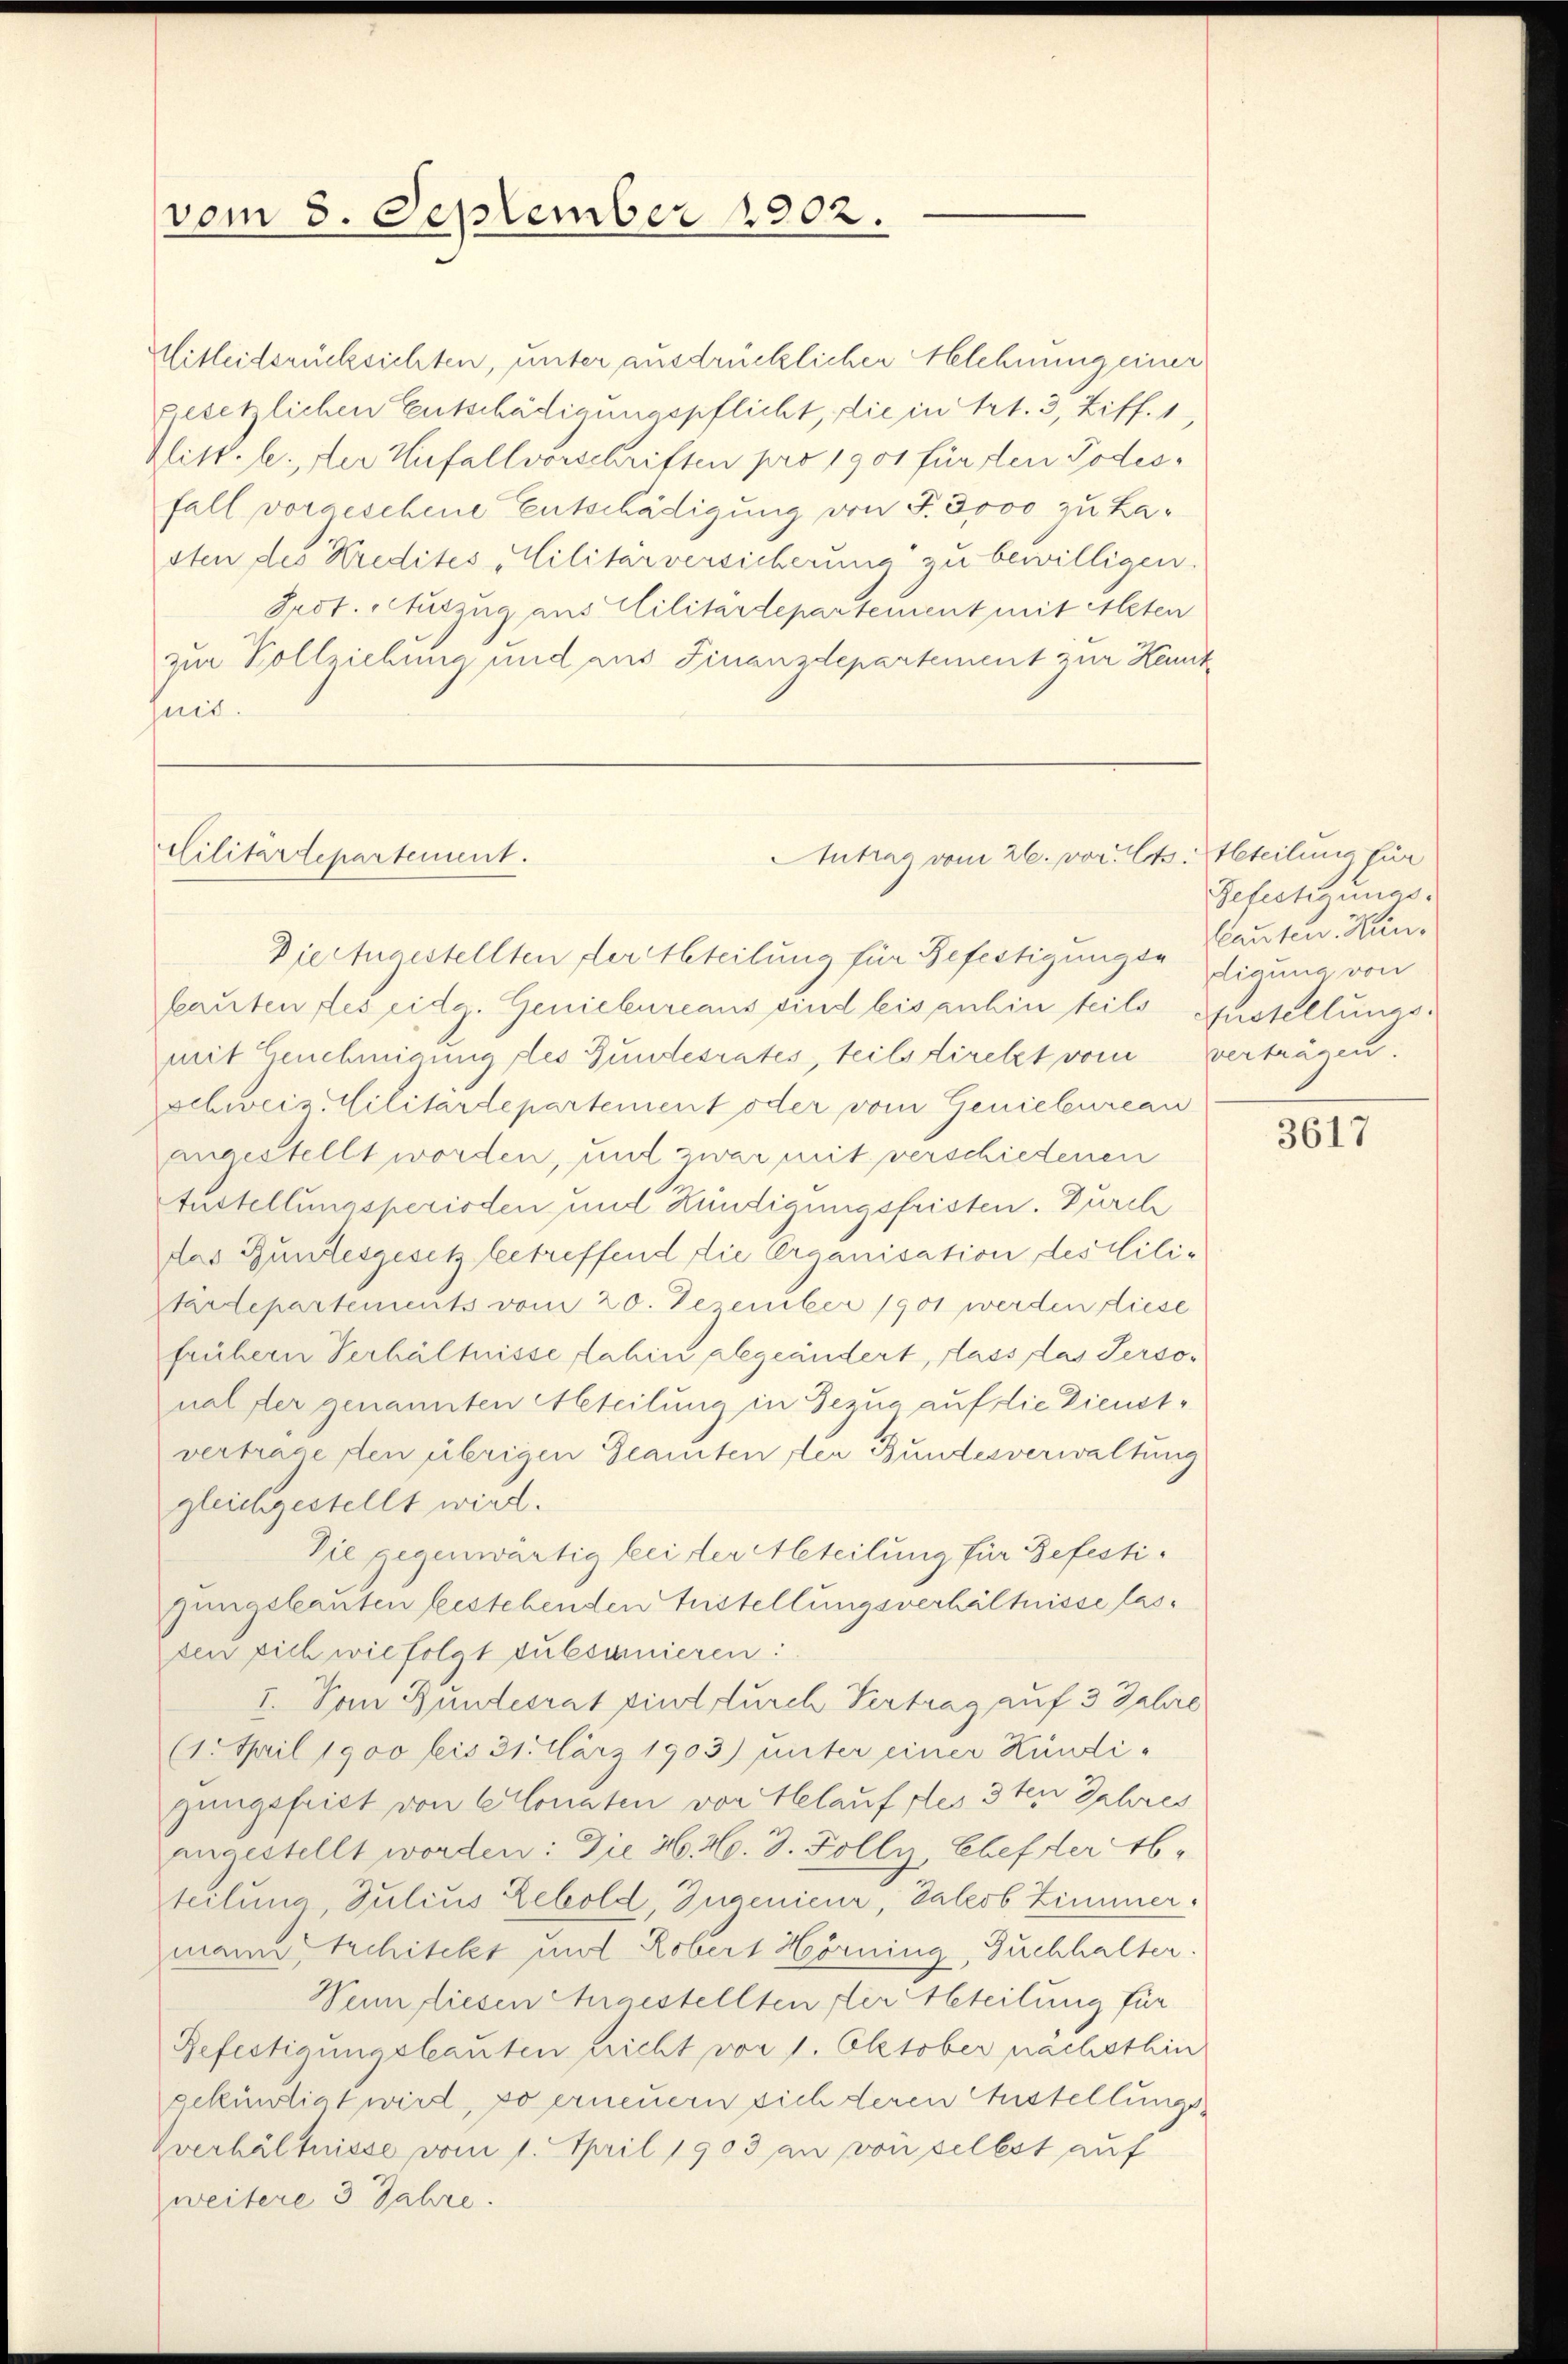
vom 3. September 1902.

Mitleitsrücksichten, unter ausdrücklicher lehnung einer
gesetzlichen Entschädigungspflicht, die in Art. 3, Ziff. 1,
Glitt. l., der Hufallvorschriften pro 1901 für den Todesfall vorgeschene Entschädigung von F. 3000 zu Lasten des Kredites Militärversicherung zu bewilligen.
Prot. Auszug aus Militärdepartement mit Alten
zur Vollziehung und aus Finanzdepartement zur Kennt
heit.

Cilitärdepartement.

Antrag vom 26. vor. Cts.
Dieringestellten der Abteilung für Befestigungs- (lauten. Kan¬

fauten des eidg. Geniebureaus sind bis anhin teils Austellungsmit Genehmigung des Gundesrates, teils direkt vom Verträgen.
schweiz. Militärdepartement oder vom Geniebureau
angestellt worden, und zwar mit verschiedenen
Eustellungsperioden und Kündigungsfristen. Durch
das Bundesgesetz betreffend die Organisation des Mili¬
Pärdepartements vom 20. Dezember 1901 werden diese
frühern Verhältnisse dahin abgeändert, dass das Personal der genannten Abteilung in Bezug auf die Dienstvertrage den übrigen Geamten ster Bundesverwaltung
gleichgestellt wird.
Sie gegenwärtig bei der Abteilung für Befestizungsbauten bestehenden Zustellungsverhältnisse lasden sich wie folgt subsumieren:
I. Von Bundesrat sind durch Vertrag auf 3 Jahre
(1. April 1900 bis 31. Mär 1903) unter einer Hundigungsfrist von Monaten von Helauf des 3ten Jahres
angestellt worden: Die H.H. 3. Zolly, Chef der Ab-
teilung, Julius Lebold, Ingenieur, Jakob Zimmer.
mann Architekt und Robert Hörning, Buchhalter.
Vennfliesen Angestellten der Abteilung für
Befestigungsbauten pricht von 1. Oktober nächsthin
sekundiat wird, so erneuern sich deren Austellungs¬
Vverhältnisse vom 1. April 1903 an von selbst auf
weitere 3 Jahre.

Abteilung für
Refertigungs.
diauna von

3617